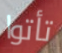
تأتوا